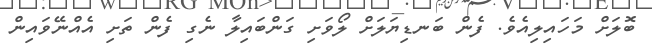
ބޮލަށް މަހައިލިއެވެ. ފެން ބަނޑިޔަލަށް ލޯވަށި ގަންބައިލާ ނެގި ފެން ތަށި އެއްނޭވައިން